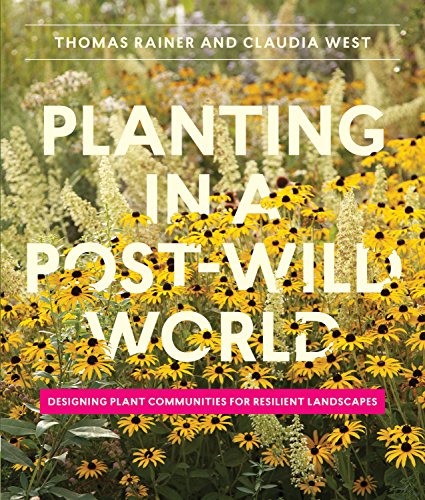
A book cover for Planting in a Post-Wild World: Designing Plant Communities for Resilient Landscapes; Thomas Rainer; Crafts, Hobbies & Home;